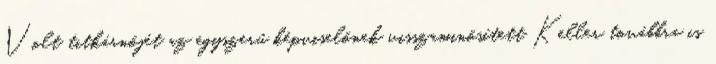
Volt titkárnõjét az egyszerû képviselõnek visszaminõsített Keller továbbra is